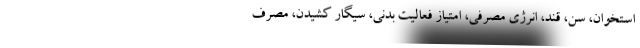
استخوان، سن، قند، انرژی مصرفی، امتیاز فعالیت بدنی، سیگار کشیدن، مصرف